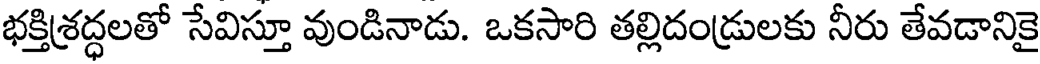
భక్తిశ్రద్ధలతో సేవిస్తూ వుండినాడు. ఒకసారి తల్లిదండ్రులకు నీరు తేవడానికై